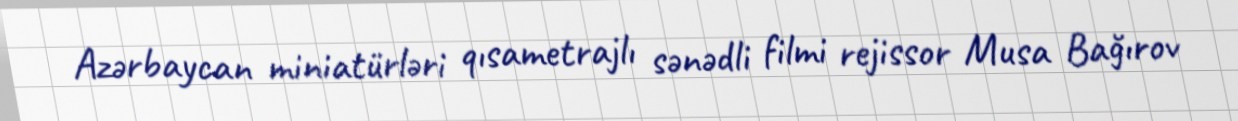
Azərbaycan miniatürləri qısametrajlı sənədli filmi rejissor Musa Bağırov